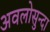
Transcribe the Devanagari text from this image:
अवलोसुन्दा